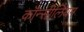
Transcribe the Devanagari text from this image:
कॉन्सीलियम